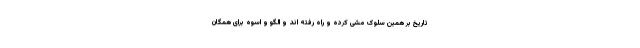
تاریخ بر همین سلوک مشی کرده و راه رفته اند و الگو و اسوه برای همگان